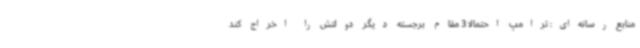
منابع رسانه‌ای: ترامپ احتمالا 3 مقام برجسته دیگر دولتش را اخراج کند